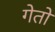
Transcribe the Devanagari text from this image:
गेतों